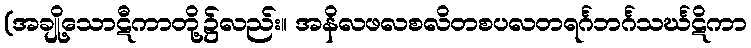
(အချို့သောဋီကာတို့၌လည်း။ အနိလဖလစလိတစပလတရင်္ဂဘင်္ဂသင်္ဃဋိကာ